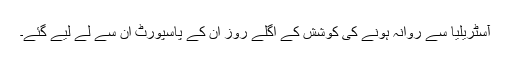
آسٹریلیا سے روانہ ہونے کی کوشش کے اگلے روز ان کے پاسپورٹ ان سے لے لیے گئے۔